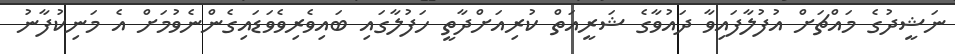
ނަޝީދުގެ މައްޗަށް އުފުލާފައިވާ ދައުވާގެ ޝަރީއަތް ކުރިއަށްދާތީ ހަފުލާގައި ބައިވެރިވެވަޑައިގެންނެވުމަށް އެ މަނިކުފާނު